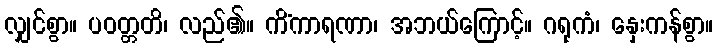
လျှင်စွာ။ ပဝတ္တတိ၊ လည်၏။ ကိံကာရဏာ၊ အဘယ်ကြောင့်။ ဂရုကံ၊ နှေးကန်စွာ။